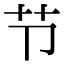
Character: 节